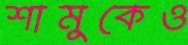
শামুকেও